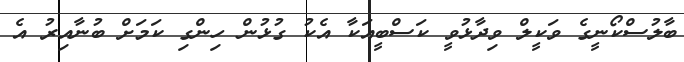
ބާލުސްކޯނީގެ ވަކީލް ވިދާޅުވީ ކަސްބީއަކާ އެކު ގުޅުން ހިންގި ކަމަށް ބުނާއިރު އެ